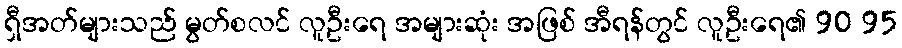
ရှီအတ်များသည် မွတ်စလင် လူဦးရေ အများဆုံး အဖြစ် အီရန်တွင် လူဦးရေ၏ 90 95